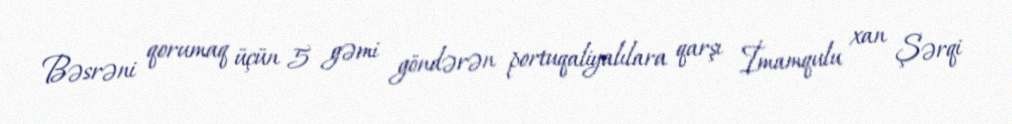
Bəsrəni qorumaq üçün 5 gəmi göndərən portuqaliyalılara qarşı İmamqulu xan Şərqi